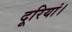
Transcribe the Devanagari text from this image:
दूरियां।